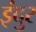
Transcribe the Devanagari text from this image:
इंदुर